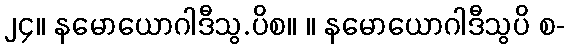
၂၄။ နမောယောဂါဒီသွ.ပိစ။ ။ နမောယောဂါဒီသွပိ စ-